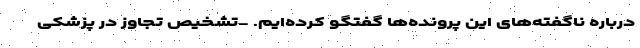
درباره ناگفته‌های این پرونده‌ها گفتگو کرده‌ایم. -تشخیص تجاوز در پزشکی